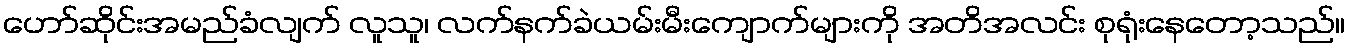
ဟော်ဆိုင်းအမည်ခံလျက် လူသူ၊ လက်နက်ခဲယမ်းမီးကျောက်များကို အတိအလင်း စုရုံးနေတော့သည်။